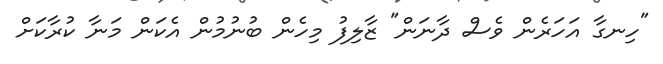
"ހިނގާ އަހަރެން ވެސް ދާނަން" ޒާލިފު މިހެން ބުނުމުން އެކަން މަނާ ކުރާކަށް